Vaccination United Provinces of Agra and Oudh 1902-1913 - 1902-1913
Year: 1902
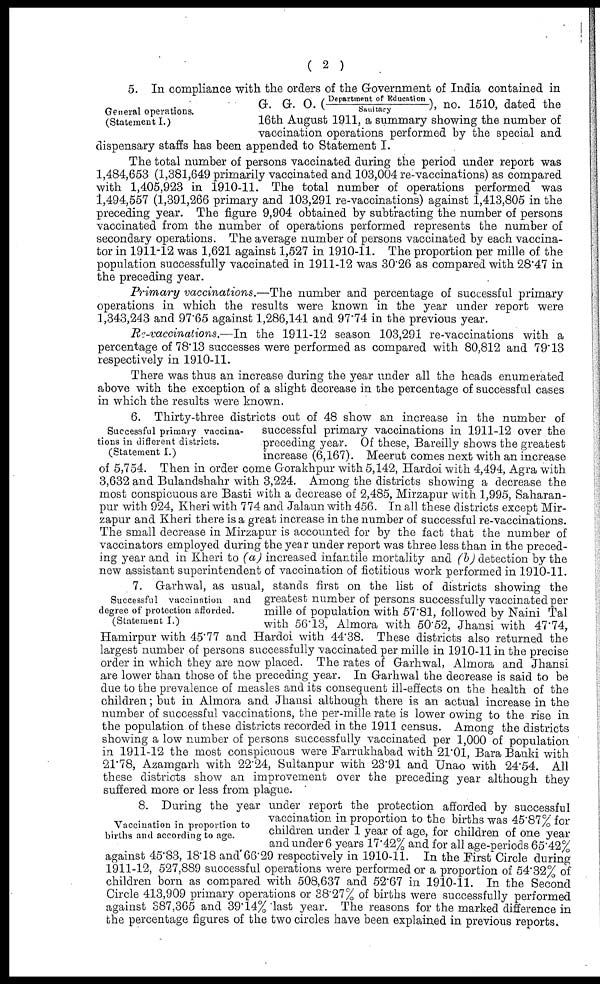
( 2 )
General operations.
(Statement I.)
5. In compliance with the orders of the Government of India contained in
G. G. O. (Department of Education/Sanitary), no. 1510, dated the
16th August 1911, a summary showing the number of
vaccination operations performed by the special and
dispensary staffs has been appended to Statement I.
The total number of persons vaccinated during the period under report was
1,484,653 (1,381,649 primarily vaccinated and 103,004 re-vaccinations) as compared
with 1,405,923 in 1910-11. The total number of operations performed was
1,494,557 (1,391,266 primary and 103,291 re-vaccinations) against 1,413,805 in the
preceding year. The figure 9,904 obtained by subtracting the number of persons
vaccinated from the number of operations performed represents the number of
secondary operations. The average number of persons vaccinated by each vaccina¬
tor in 1911-12 was 1,621 against 1,527 in 1910-11. The proportion per mille of the
population successfully vaccinated in 1911-12 was 30.26 as compared with 28.47 in
the preceding year.
Primary vaccinations.—The number and percentage of successful primary
operations in which the results were known in the year under report were
1,343,243 and 97.65 against 1,286,141 and 97.74 in the previous year.
Re-vaccinations.—In the 1911-12 season 103,291 re-vaccinations with a
percentage of 78.13 successes were performed as compared with 80,812 and 79.13
respectively in 1910-11.
There was thus an increase during the year under all the heads enumerated
above with the exception of a slight decrease in the percentage of successful cases
in which the results were known.
Successful primary vaccina-
tions in different districts.
(Statement I.)
6. Thirty-three districts out of 48 show an increase in the number of
successful primary vaccinations in 1911-12 over the
preceding year. Of these, Bareilly shows the greatest
increase (6,167). Meerut comes next with an increase
of 5,754. Then in order come Gorakhpur with 5,142, Hardoi with 4,494, Agra with
3,632 and Bulandshahr with 3,224. Among the districts showing a decrease the
most conspicuous are Basti with a decrease of 2,485, Mirzapur with 1,995, Saharan¬
pur with 924, Kheri with 774 and Jalaun with 456. In all these districts except Mir¬
zapur and Kheri there is a great increase in the number of successful re-vaccinations.
The small decrease in Mirzapur is accounted for by the fact that the number of
vaccinators employed during the year under report was three less than in the preced-
ing year and in Kheri to (a) increased infantile mortality and (b) detection by the
new assistant superintendent of vaccination of fictitious work performed in 1910-11.
Successful vaccination and
degree of protection afforded.
(Statement I.)
7. Garhwal, as usual, stands first on the list of districts showing the
greatest number of persons successfully vaccinated per
mille of population with 57.81, followed by Naini Tal
with 56.13, Almora with 50.52, Jhansi with 47.74,
Hamirpur with 45.77 and Hardoi with 44.38. These districts also returned the
largest number of persons successfully vaccinated per mille in 1910-11 in the precise
order in which they are now placed. The rates of Garhwal, Almora and Jhansi
are lower than those of the preceding year. In Garhwal the decrease is said to be
due to the prevalence of measles and its consequent ill-effects on the health of the
children; but in Almora and Jhansi although there is an actual increase in the
number of successful vaccinations, the per-mille rate is lower owing to the rise in
the population of these districts recorded in the 1911 census. Among the districts
showing a low number of persons successfully vaccinated per 1,000 of population
in 1911-12 the most conspicuous were Farrukhabad with 21.01, Bara Banki with
21.78, Azamgarh with 22.24, Sultanpur with 23.91 and Unao with 24.54. All
these districts show an improvement over the preceding year although they
suffered more or less from plague.
Vaccination in proportion to
births and according to age.
8. During the year under report the protection afforded by successful
vaccination in proportion to the births was 45.87% for
children under 1 year of age, for children of one year
and under 6 years 17.42% and for all age-periods 65.42%
against 45.83, 18.18 and 66.29 respectively in 1910-11. In the First Circle during
1911-12, 527,889 successful operations were performed or a proportion of 54.32% of
children born as compared with 508,637 and 52.67 in 1910-11. In the Second
Circle 413,909 primary operations or 38.27% of births were successfully performed
against 387,365 and 39.14% last year. The reasons for the marked difference in
the percentage figures of the two circles have been explained in previous reports.